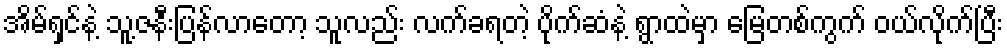
အိမ်ရှင်နဲ့ သူ့ဇနီးပြန်လာတော့ သူလည်း လက်ခရတဲ့ ပိုက်ဆံနဲ့ ရွာထဲမှာ မြေတစ်ကွက် ဝယ်လိုက်ပြီး